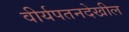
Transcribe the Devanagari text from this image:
वीर्यपतनदेखील